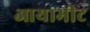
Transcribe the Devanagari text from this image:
आयामीट